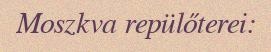
Moszkva repülőterei: